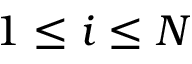
1 \leq i \leq N